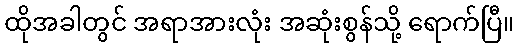
ထိုအခါတွင် အရာအားလုံး အဆုံးစွန်သို့ ရောက်ပြီ။